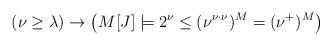
LaTeX: \begin{align*} (\nu \geq \lambda) \rightarrow \left( M[J] \models 2^\nu \leq (\nu^{\nu \cdot \nu})^M = (\nu^+)^M \right) \end{align*}